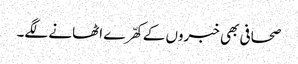
صحافی بھی خبروں کے کھّرے اٹھانے لگے۔